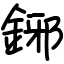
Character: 鋣